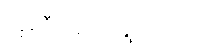
ကူညီဆောင်ရွက်ပေး